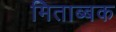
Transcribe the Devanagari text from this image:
मिताब्बक